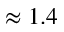
\approx 1 . 4